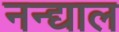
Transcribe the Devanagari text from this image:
नन्द्याल